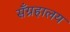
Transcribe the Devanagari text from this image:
सँग्रहालय